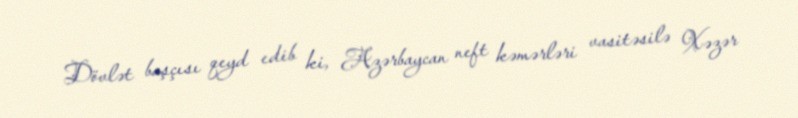
Dövlət başçısı qeyd edib ki, Azərbaycan neft kəmərləri vasitəsilə Xəzər